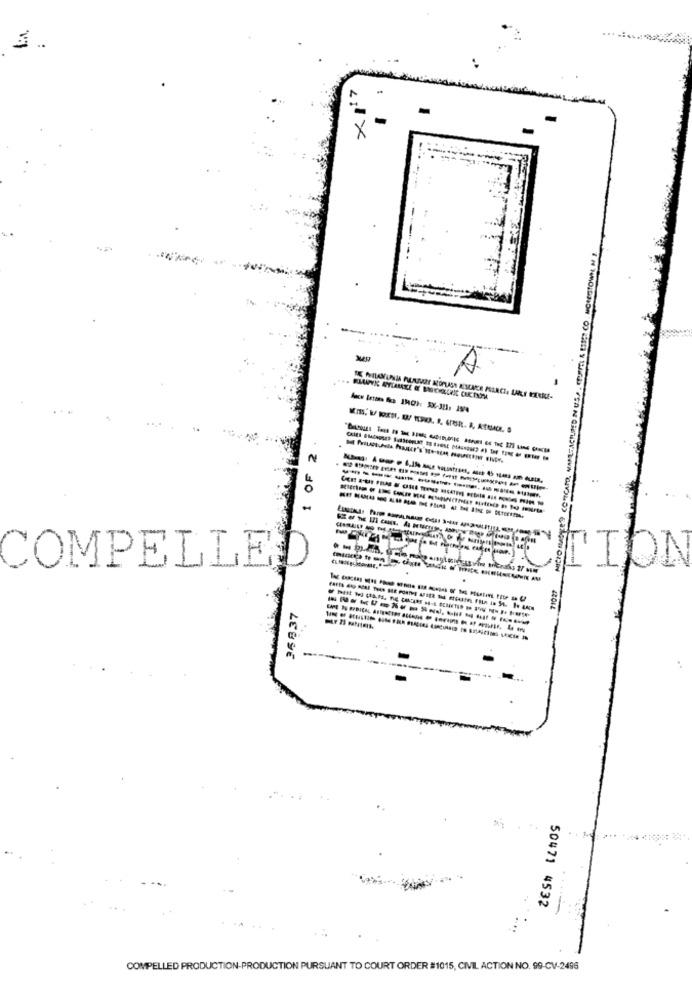
-
---
DE MILANUNIA MUAMEY NOPLASS KSCACE MANCI, URI MELIGE-
OF 2
-----------------
----- ----------
-
COMPELLE
TION
36837
- -------------- --
-
50471 4532
COMPELLED PRODUCTION-PRODUCTION PURSUANT TO COURT ORDER #1015, CIVIL ACTION NO. 99-CV-2496